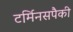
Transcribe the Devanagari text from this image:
टर्मिनसपैकी